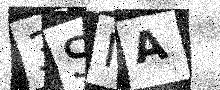
Text: 3SIA